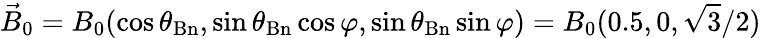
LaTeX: \vec{B}_{0}=B_{0}(\cos\theta_{\mathrm{Bn}},\sin\theta_{\mathrm{Bn}}\cos\varphi,\sin\theta_{\mathrm{Bn}}\sin\varphi)=B_{0}(0.5,0,\sqrt{3}/2)